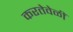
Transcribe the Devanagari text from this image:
करतेवेळीं